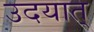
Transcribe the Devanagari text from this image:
उदयात्‌